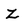
Character: Z